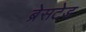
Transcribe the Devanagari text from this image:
ब्रेसटेड